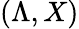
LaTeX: (\Lambda,X)